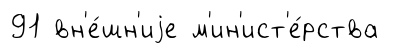
91 вн'е́шн'иjе м'ин'ист'е́рства